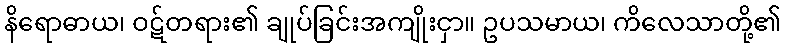
နိရောဓာယ၊ ဝဋ်တရား၏ ချုပ်ခြင်းအကျိုးငှာ။ ဥပသမာယ၊ ကိလေသာတို့၏